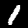
Label: 1